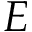
E